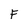
Character: F